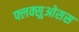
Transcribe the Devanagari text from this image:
फ्लक्सुओसस